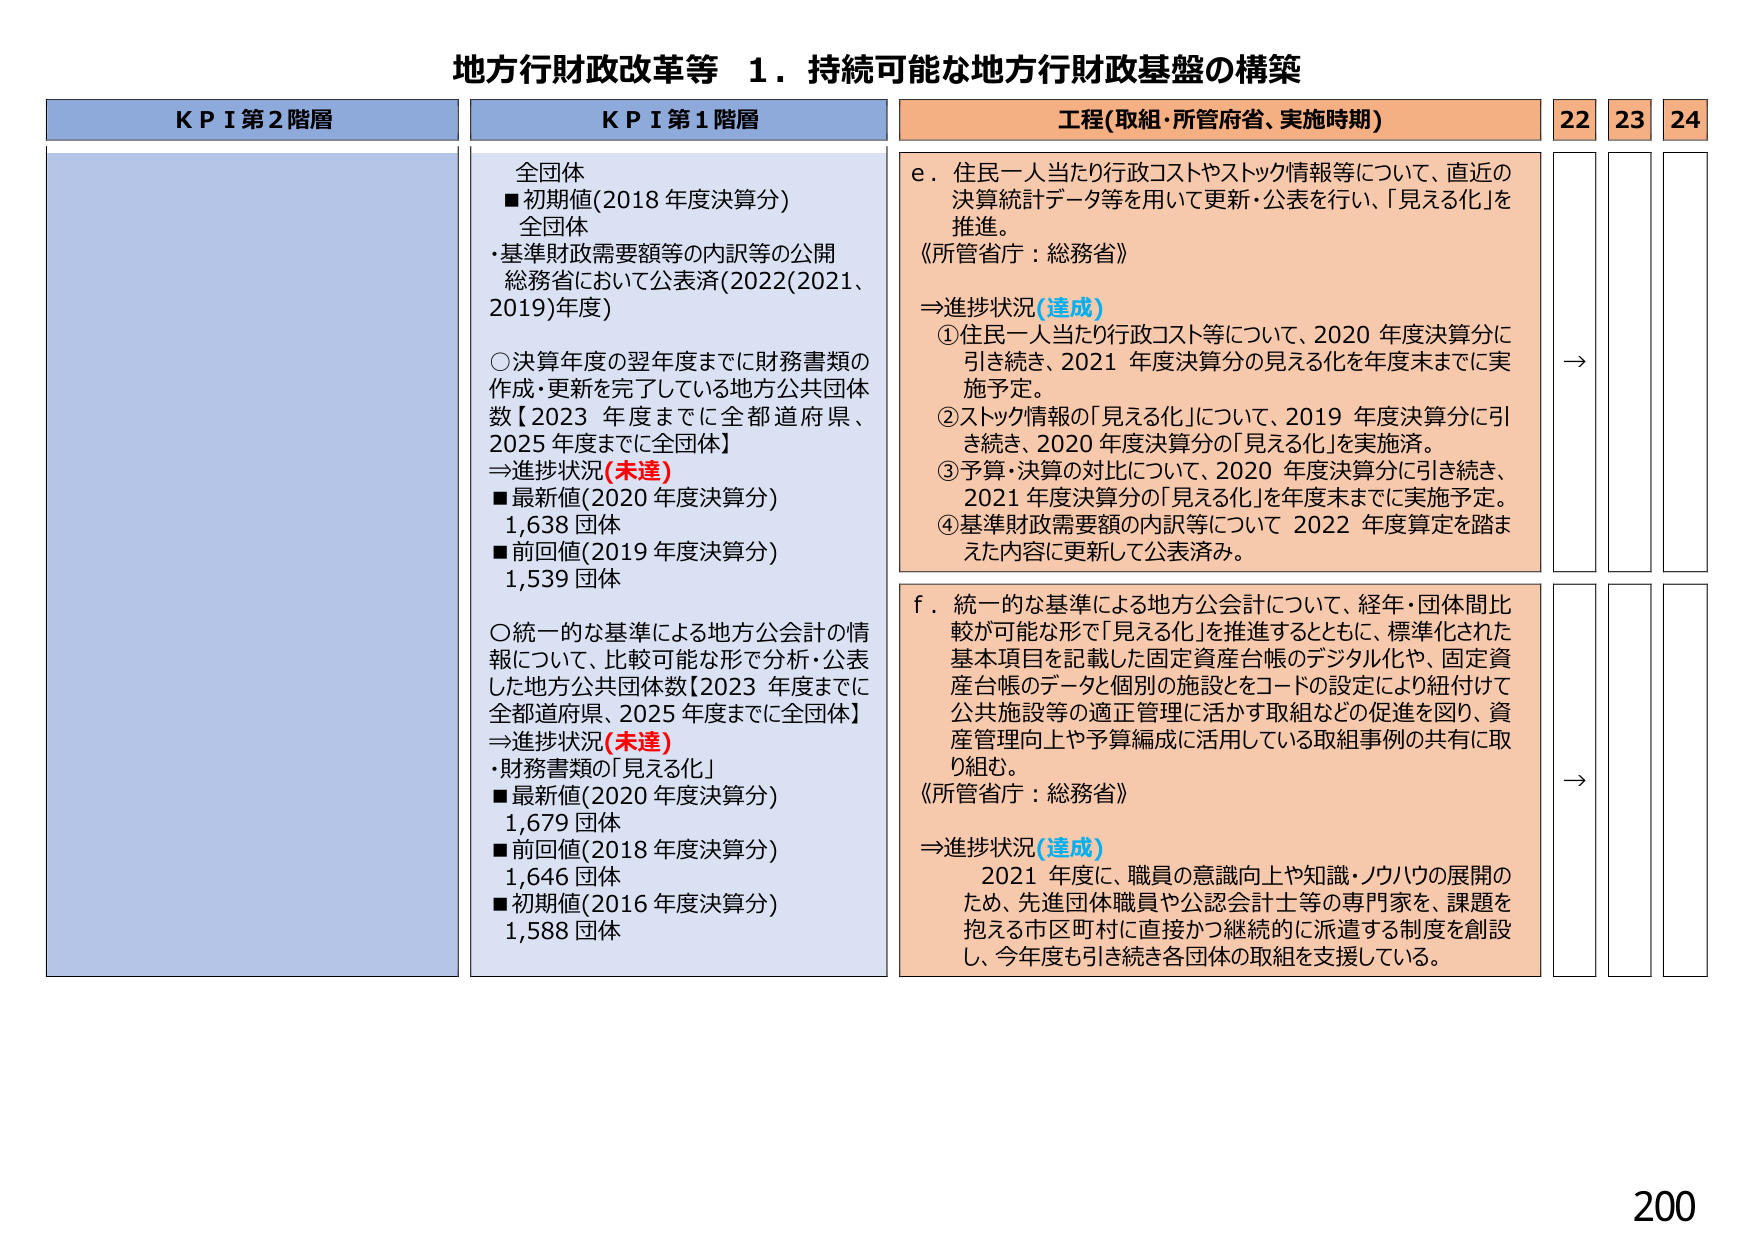
地方行財政改革等 1．持続可能な地方行財政基盤の構築

KPI第2階層

KPI第1階層
全団体
■初期値(2018年度決算分)
全団体
・基準財政需要額等の内訳等の公開
総務省において公表済(2022(2021、2019)年度)
○決算年度の翌年度までに財務書類の作成・更新を完了している地方公共団体数【2023年度までに全都道府県、2025年度までに全団体】
⇒進捗状況(未達)
■最新値(2020年度決算分)
1,638団体
■前回値(2019年度決算分)
1,539団体
○統一的な基準による地方公会計の情報について、比較可能な形で分析・公表した地方公共団体数【2023年度までに全都道府県、2025年度までに全団体】
⇒進捗状況(未達)
・財務書類の「見える化」
■最新値(2020年度決算分)
1,679団体
■前回値(2018年度決算分)
1,646団体
■初期値(2016年度決算分)
1,588団体

工程(取組・所管府省、実施時期)
e．住民一人当たり行政コストやストック情報等について、直近の決算統計データ等を用いて更新・公表を行い、「見える化」を推進。
《所管省庁：総務省》
⇒進捗状況(達成)
①住民一人当たり行政コスト等について、2020年度決算分に引き続き、2021年度決算分の見える化を年度末までに実施予定。
②ストック情報の「見える化」について、2019年度決算分に引き続き、2020年度決算分の「見える化」を実施済。
③予算・決算の対比について、2020年度決算分に引き続き、2021年度決算分の「見える化」を年度末までに実施予定。
④基準財政需要額の内訳等について 2022年度算定を踏まえた内容に更新して公表済み。

f．統一的な基準による地方公会計について、経年・団体間比較が可能な形で「見える化」を推進するとともに、標準化された基本項目を記載した固定資産台帳のデジタル化や、固定資産台帳のデータと個別の施設とをコードの設定により紐付けて公共施設等の適正管理に活かす取組などの促進を図り、資産管理向上や予算編成に活用している取組事例の共有に取り組む。
《所管省庁：総務省》
⇒進捗状況(達成)
2021年度に、職員の意識向上や知識・ノウハウの展開のため、先進団体職員や公認会計士等の専門家を、課題を抱える市区町村に直接かつ継続的に派遣する制度を創設し、今年度も引き続き各団体の取組を支援している。

22 23 24
→
→

200